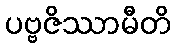
ပဗ္ဗဇိဿာမီတိ